65_HS1-834228961_62-HQ-83894_Section_7
Agency: FBI
Page 78
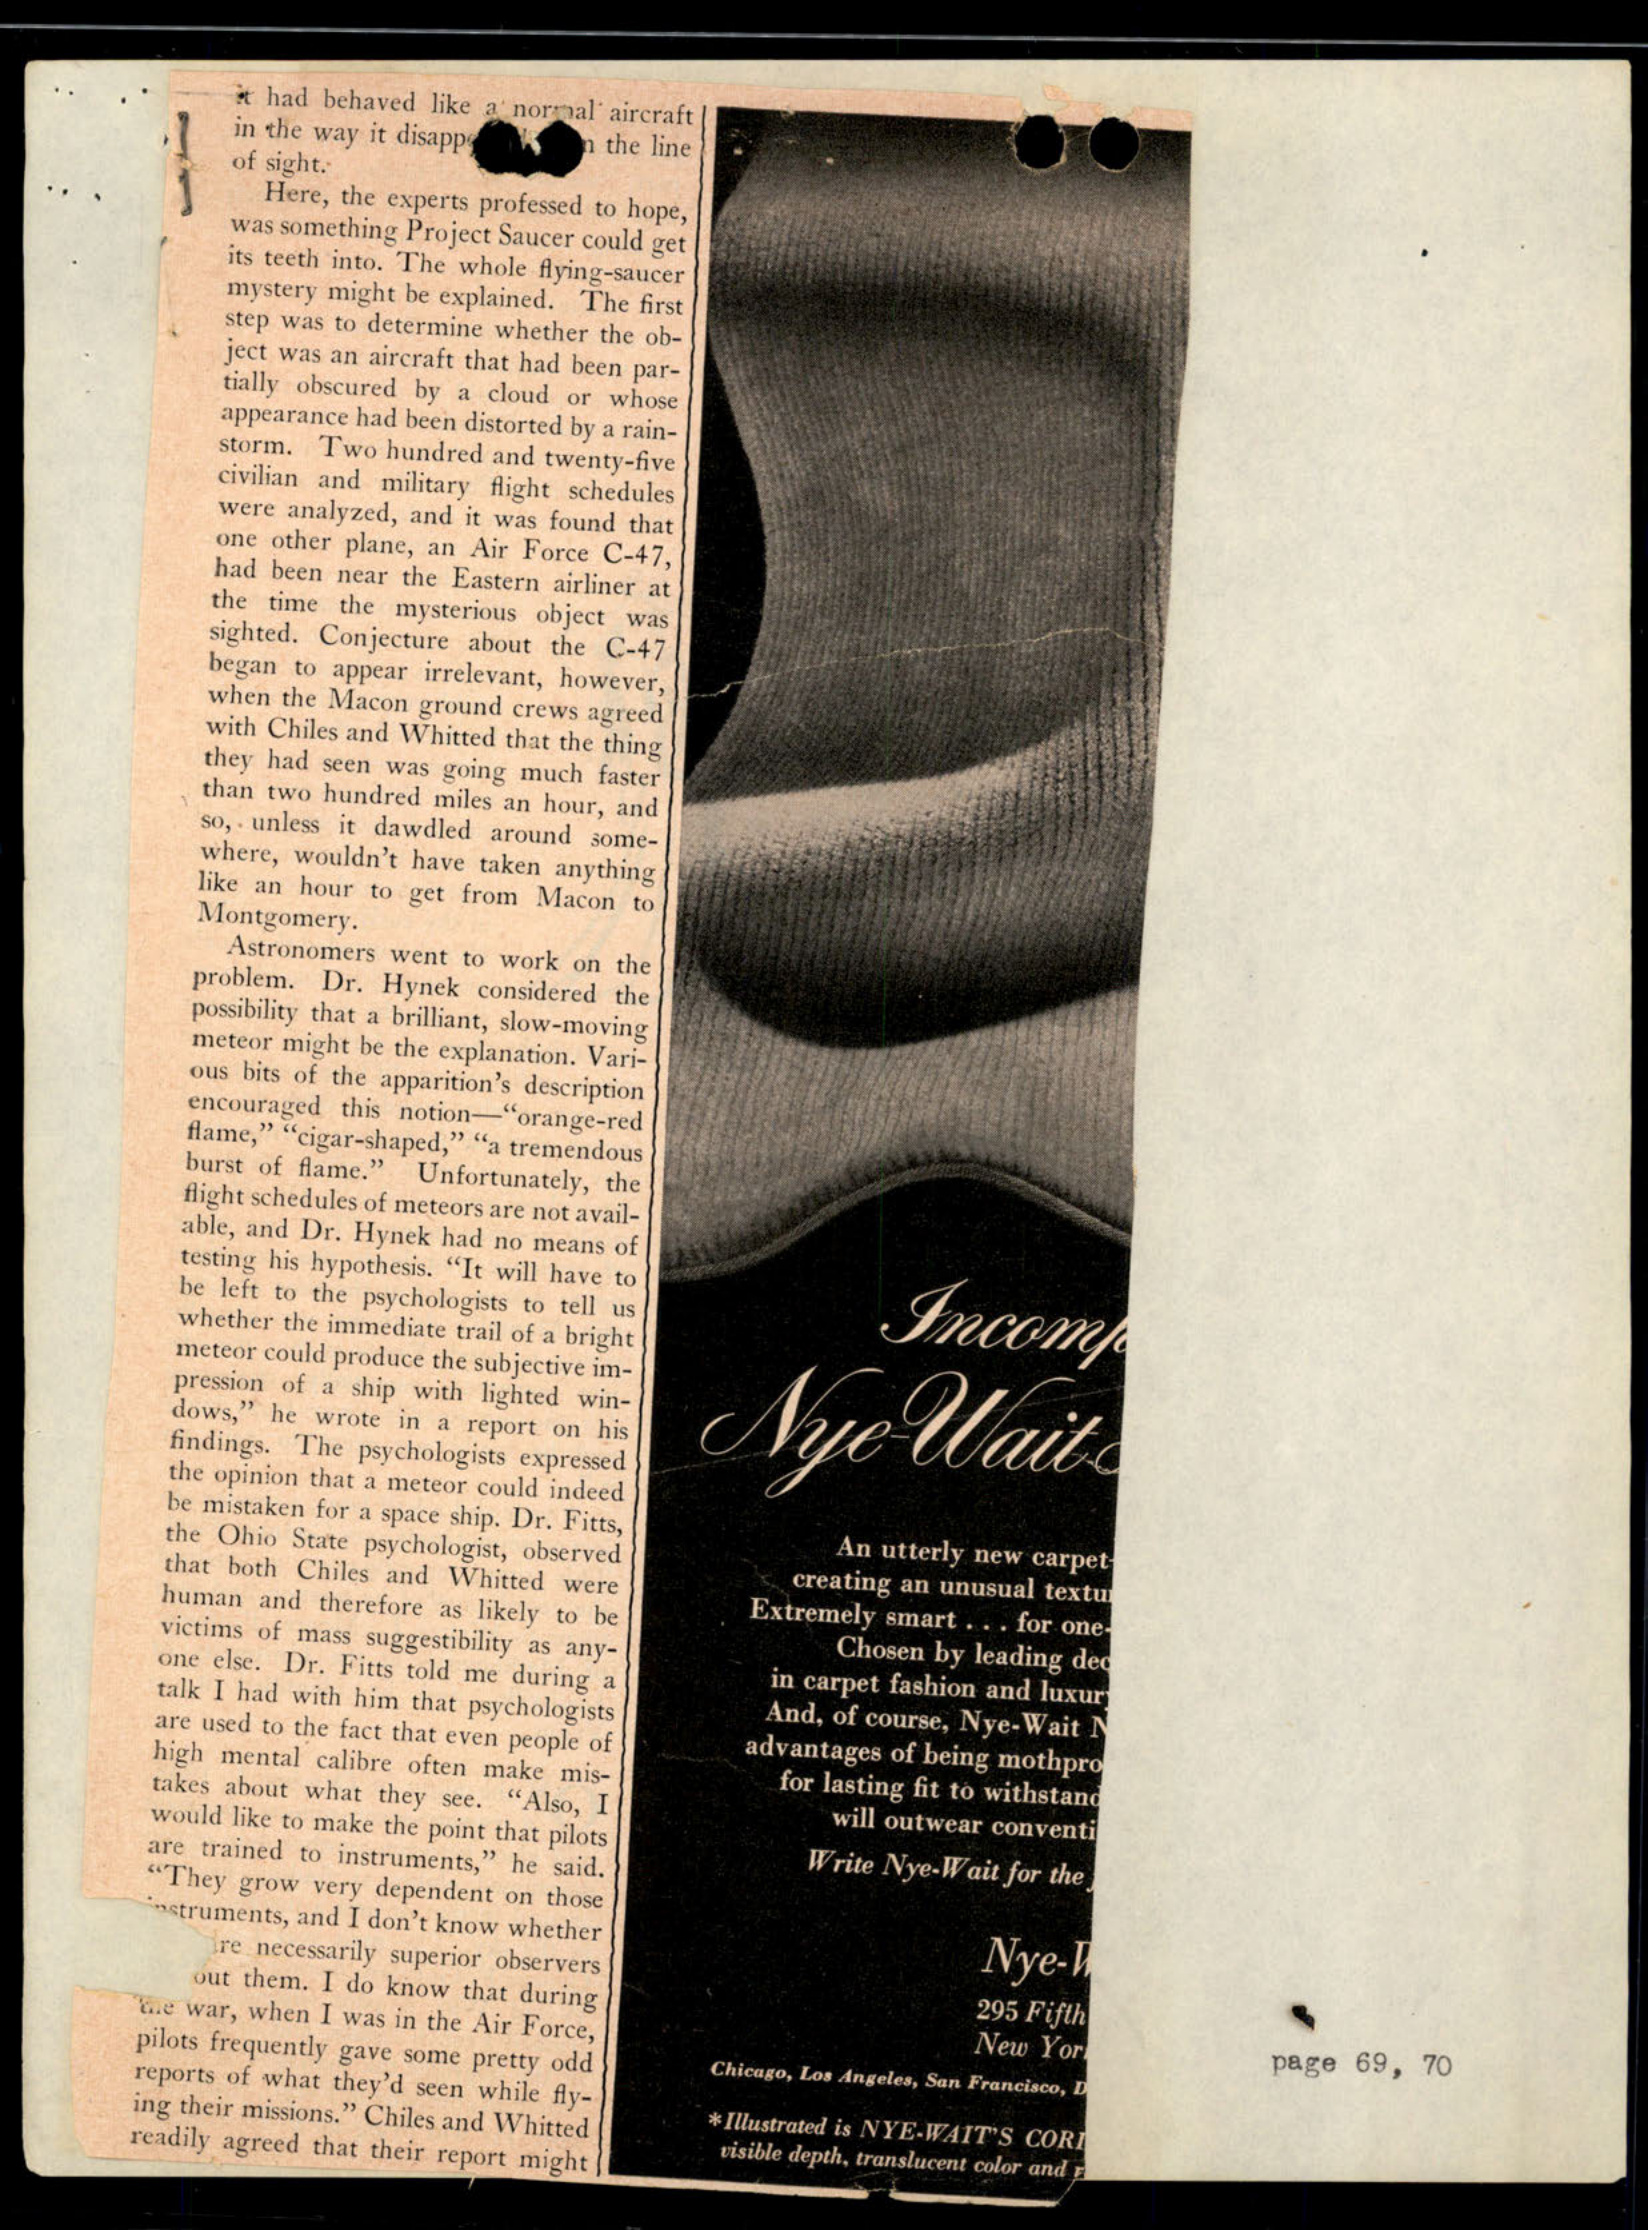